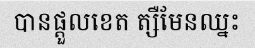
បានផ្តួលខេត ត្សឺមែនឈ្នះ